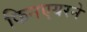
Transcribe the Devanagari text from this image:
फिनएयरने